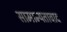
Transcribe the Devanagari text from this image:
सामान्यतावाद